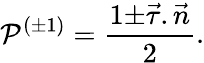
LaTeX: {\cal P}^{(\pm 1)}=\frac{1{\pm}\vec{\tau}.\vec{n}}{2}.